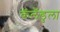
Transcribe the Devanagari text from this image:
कॅलँडुला